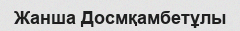
Жанша Досмқамбетұлы